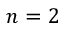
n = 2